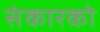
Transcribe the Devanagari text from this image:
संकारको